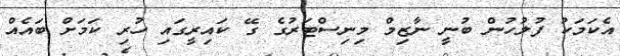
އެކަމަކު ފުލުހުން ބުނީ ނާޒިމް މިނިސްޓަރުގެ ގޭ ކައިރީގައި ހުރި ކަމަށް ބައެއް